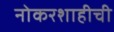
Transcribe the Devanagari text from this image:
नोकरशाहीची